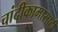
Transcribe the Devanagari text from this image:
चांदीकामासाठी